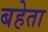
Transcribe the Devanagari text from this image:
बहेता